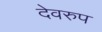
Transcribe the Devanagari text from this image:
देवरुप